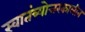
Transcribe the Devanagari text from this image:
स्वातंत्र्योत्तरकालीन